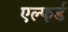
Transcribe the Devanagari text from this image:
एल्फर्ड